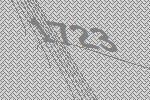
1723